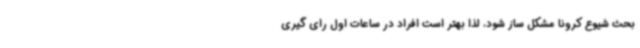
بحث شیوع کرونا مشکل ساز شود، لذا بهتر است افراد در ساعات اول رای گیری